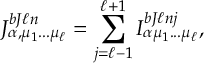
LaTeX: { \cal J } _ { \alpha , \mu _ { 1 } . . . \mu _ { \ell } } ^ { b J \ell n } = \sum _ { j = \ell - 1 } ^ { \ell + 1 } { \cal I } _ { \alpha \mu _ { 1 } . . . \mu _ { \ell } } ^ { b J \ell n j } ,